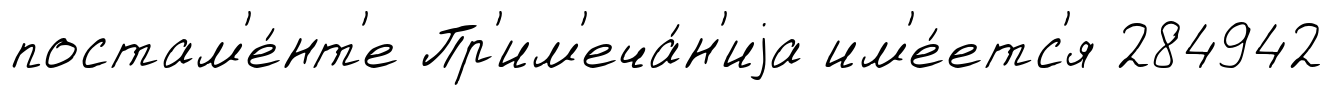
постам'е́нт'е Пр'им'еча́н'иjа им'е́етс'я 284942